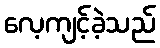
လေ့ကျင့်ခဲ့သည်